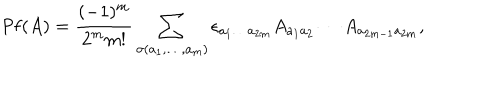
\mathrm { P f } ( A ) = \frac { ( - 1 ) ^ { m } } { 2 ^ { m } m ! } \sum _ { \sigma ( a _ { 1 } , \dots , a _ { m } ) } \epsilon _ { a _ { 1 } \dots a _ { 2 m } } A _ { a _ { 1 } a _ { 2 } } \cdots A _ { a _ { 2 m - 1 } a _ { 2 m } } ,